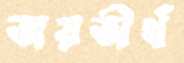
জয়তীর্থ